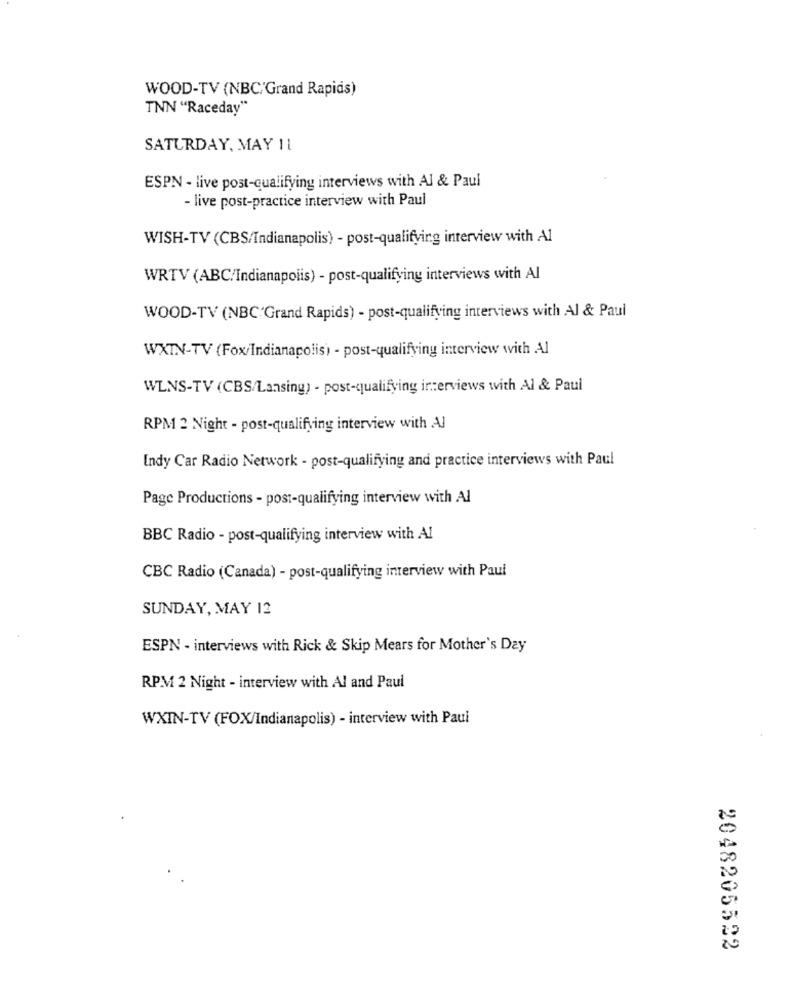
WOOD-TV (NBC/Grand Rapids)
TNN "Raceday"
SATURDAY, MAY 11
ESPN - live post-qualifying interviews with Al & Paul
- live post-practice interview with Paul
WISH-TV (CBS/Indianapolis) - post-qualifying interview with Al
WRTV (ABC/Indianapolis) - post-qualifying interviews with Al
WOOD-TV (NBC'Grand Rapids) - post-qualifying interviews with Al & Paul
WXTN-TV (Fox/Indianapolis) - post-qualifying interview with Al
WLNS-TV (CBS/Lansing) - post-qualifying interviews with Al & Paul
RPM 2 Night - post-qualifying interview with AJ
Indy Car Radio Network - post-qualifying and practice interviews with Paul
Page Productions - post-qualifying interview with Al
BBC Radio - post-qualifying interview with Al
CBC Radio (Canada) - post-qualifying interview with Paul
SUNDAY, MAY 12
ESPN - interviews with Rick & Skip Mears for Mother's Day
RPM 2 Night - interview with Al and Paul
WXIN-TV (FOX/Indianapolis) - interview with Paul
2048205522